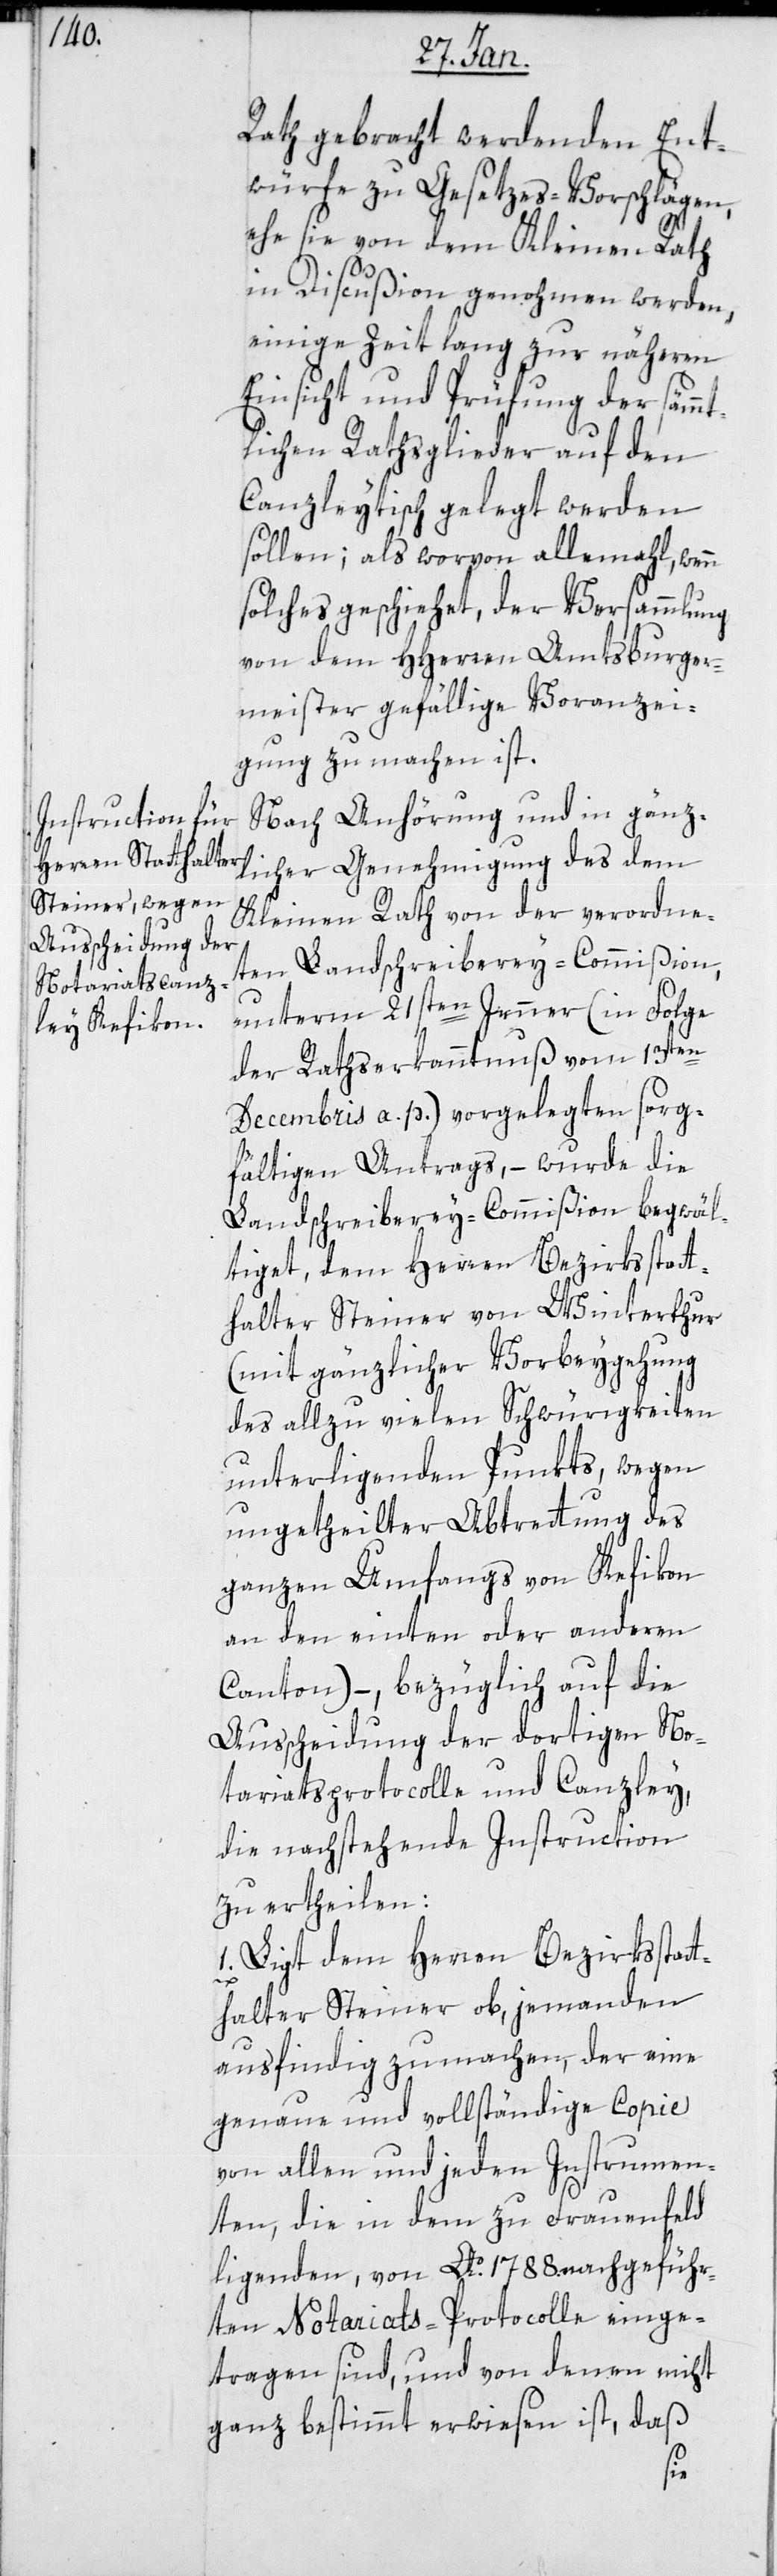
Rath gebracht werdenden Ent¬
würfe zu Gesetzes-Vorschlägen,
ehe sie von dem Kleinen Rath
in Discußion genommen werden,
einige Zeit lang zu näheren
Einsicht und Prüfung der sämm¬
tlichen Rathsglieder auf den
Canzleytisch gelegt werden
sollen; als worvon allemahl, wenn
solches geschiehet, der Versammlung
von dem Herren Amtsburger¬
meister gefällige Voranzei¬
gung zu machen ist.
Nach Anhörung und in gänz¬
licher Genehmigung des dem
Kleinen Rath von der verordne¬
ten Landschreiberey-Commißion,
unterm 21sten Jenner (in Folge
der Rathserkanntnuß vom 13ten
Decembris a. p.) vorgelegten sorg¬
fältigen Antrags, – wurde die
Landschreiberey-Commißion begwäl¬
tiget, dem Herren Bezirksstatt¬
halter Steiner von Winterthur
(mit gänzlicher Vorbeygehung
des allzu vielen Schwürigkeiten
unterliegenden Punkts wegen
ungetheilter Abtretung des
ganzen Umfangs von Kefikon
an den einten oder anderen
Canton), – bezüglich auf die
Ausscheidung der dortigen No¬
tariatsprotocolle und Canzley,
die nachstehende Instruction
zu ertheilen:
1. Liegt dem Herren Bezirksstatt¬
halter Steiner ob, jemanden
ausfindig zu machen, der eine
genaue und vollständige Copie
von allen und jeden Instrumen¬
ten, die in dem zu Frauenfeld
liegenden, von Ao. 1788. nachgeführ¬
ten Notariats-Protocolle einge¬
tragen sind, und von denen nicht
ganz bestimmt erwiesen ist, daß